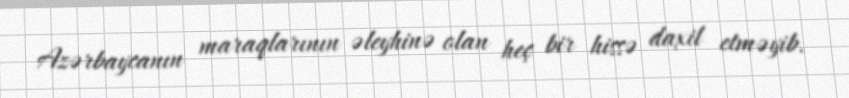
Azərbaycanın maraqlarının əleyhinə olan heç bir hissə daxil etməyib.